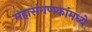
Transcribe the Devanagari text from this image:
महासंगणकांमध्ये